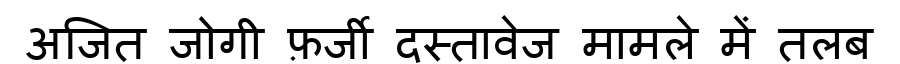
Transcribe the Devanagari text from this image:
अजित जोगी फ़र्जी दस्तावेज मामले में तलब